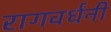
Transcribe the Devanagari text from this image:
रागवर्धनी